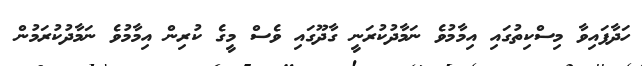
ހަދާފައިވާ މިސްކިތުގައި އިމާމުވެ ނަމާދުކުރަނީ ގާދޫގައި ވެސް މީގެ ކުރިން އިމާމުވެ ނަމާދުކުރަމުން